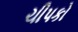
ચીપકો